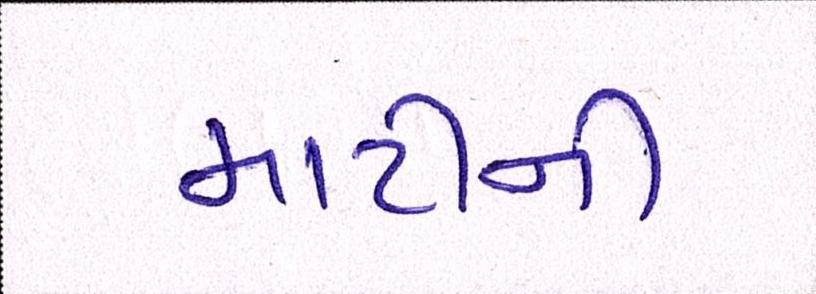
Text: માટીની